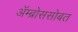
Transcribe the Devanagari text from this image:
ॲम्ब्रोससोबत